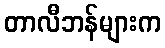
တာလီဘန်များက